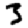
Digit: 3